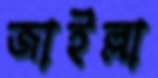
জাইল্লা